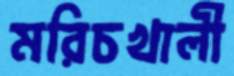
মরিচখালী